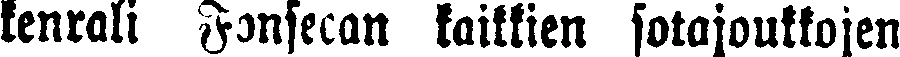
kenrali Fonsecan kaikkien sotajoukkojen